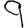
Digit: 9